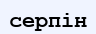
серпін